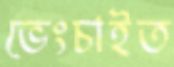
ভেংচাইত